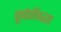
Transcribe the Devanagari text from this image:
पूर्णप्रतिबद्धता